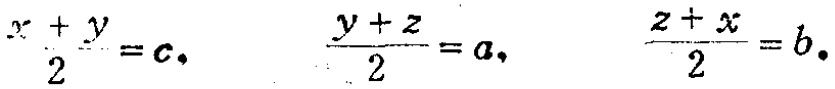
$\frac{x + y}{2}=c,\quad \frac{y + z}{2}=a,\quad \frac{z + x}{2}=b.$